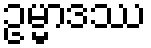
ဥမ္မာဒဿ